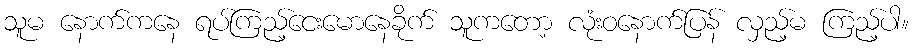
သူမ နောက်ကနေ ရပ်ကြည့်ငေးမောနေခိုက် သူကတော့ လုံးဝနောက်ပြန် လှည့်မ ကြည့်ပါ။